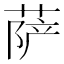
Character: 萨